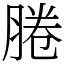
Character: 腃